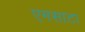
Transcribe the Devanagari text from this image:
एमसाटा